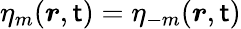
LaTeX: \eta_{m}(\boldsymbol{r},\mathsf{t})=\eta_{-m}(\boldsymbol{r},\mathsf{t})